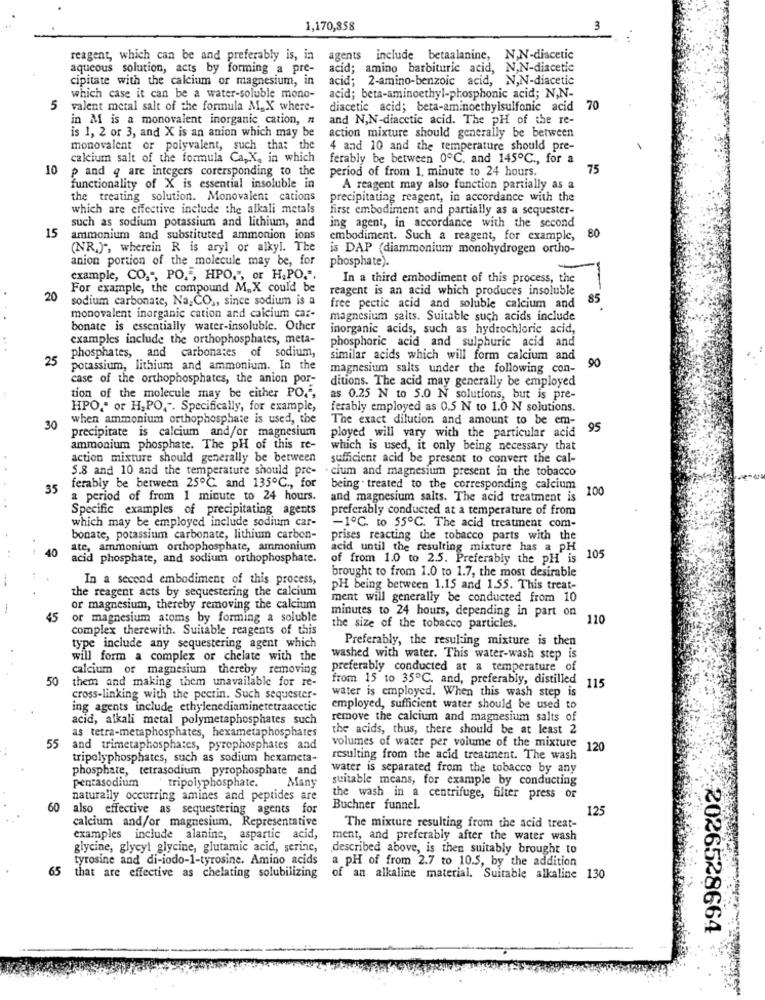
1,170,858
3
reagent, which can be and preferably is, in agents include betaalanine, N,N-diacetic
aqueous solution, acts by forming a pre-
acid; amino barbituric acid, N,N-diacetic
cipitate with the calcium or magnesium, in
acid; 2-amino-benzoic acid, N,N-diacetic
which case it can be a water-soluble mono-
acid; beta-aminoethyl-phosphonic acid; N,N-
5
valent metal salt of the formula MI_ X where-
diacetic acid; beta-aminoethylsulfonic acid 70
in M is a monovalent inorganic cation, n
and N,N-diacetic acid. The PH of the re-
is 1, 2 or 3, and X is an anion which may be
action mixture should generally be between
monovalent or polyvalent, such that the
4 and 10 and the temperature should pre-
calcium salt of the formula Ca,X, in which
ferably be between 0ºC. and 145℃ ., for a
10
p and q are integers corersponding to the
period of from 1. minute to 24 hours.
75
functionality of X is essential insoluble in
A reagent may also function partially as a
the treating solution. Monovalent cations
precipitating reagent, in accordance with the
which are effective include the alkali metals
first embodiment and partially as a sequester-
15
such as sodium potassium and lithium, and
ing agent, in accordance with the second
ammonium and substituted ammonion ions
embodiment. Such a reagent, for example,
80
(NR."", wherein R is aryl or alkyl. The
is DAP (diammonium monohydrogen ortho-
anion portion of the molecule may be, for
phosphate).
example, CO,", PO.", HPO.", or H.PO.".
In a third embodiment of this process, the
For example, the compound M. X could be
reagent is an acid which produces insoluble
20
sodium carbonate, Na.CO ,, since sodium is a
85
free pectic acid and soluble calcium and
monovalent inorganic cation and calcium car-
magnesium salts. Suitable such acids include
bonate is essentially water-insoluble. Other
inorganic acids, such as hydrochloric acid,
examples include the orthophosphates, meta-
phosphoric acid and sulphuric acid and
25
phosphates, and carbonates of sodium,
similar acids which will form calcium and
potassium, lithium and ammonium. In the
magnesium salts under the following con-
90
case of the orthophosphates, the anion por-
ditions. The acid may generally be employed
tion of the molecule may be either PO.",
as 0.25 N to 5.0 N solutions, but is pre-
HPO." or H. PO,". Specifically, for example,
ferably employed as 0.5 N to 1.0 N solutions.
when ammonium orthophosphate is used, the
The exact dilution and amount to be em-
30
95
precipitate is calcium and/or magnesium
ployed will vary with the particular acid
ammonium phosphate. The pH of this re-
which is used, it only being necessary that
action mixture should generally be between
sufficient acid be present to convert the cal-
5.8 and 10 and the temperature should pre-
. cium and magnesium present in the tobacco
35
ferably be between 25℃. and 135℃ ., for
being . treated to the corresponding calcium
100
a period of from 1 minute to 24 hours.
and magnesium salts. The acid treatment is
Specific examples of precipitating agents
preferably conducted at a temperature of from
which may be employed include sodium car-
-1℃. to 55℃. The acid treatment com-
bonate, potassium carbonate, lithium carbon-
prises reacting the tobacco parts with the
40
ate, ammonium orthophosphate, ammonium
acid until the resulting mixture has a pH
acid phosphate, and sodium orthophosphate.
of from 1.0 to 2.5. Preferably the PH is 105
brought to from 1.0 to 1.7, the most desirable
In a second embodiment of this process,
the reagent acts by sequestering the calcium
PH being between 1.15 and 1.55. This treat-
ment will generally be conducted from 10
or magnesium, thereby removing the calcium
minutes to 24 hours, depending in part on
45
or magnesium atoms by forming a soluble
110
complex therewith. Suitable reagents of this
the size of the tobacco particles.
Preferably, the resulting mixture is then
type include any sequestering agent which
will form a complex or chelate with the
washed with water. This water-wash step is
calcium or magnesium thereby removing
preferably conducted at a temperature of
50
them and making them unavailable for re-
from 15 to 35℃. and, preferably, distilled 115
water is employed. When this wash step is
cross-linking with the pectin. Such sequester-
ing agents include ethylenediaminetetraacetic
employed, sufficient water should be used to
acid, alkali metal polymetaphosphates such
remove the calcium and magnesium salts of
as tetra-metaphosphates, hexametaphosphates
the acids, thus, there should be at least 2
55
and trimetaphosphates, pyrophosphates and
volumes of water per volume of the mixture 120
tripolyphosphates, such as sodium hexameta-
resulting from the acid treatment. The wash
phosphate, tetrasodium pyrophosphate and
water is separated from the tobacco by any
pentasodium
Many
suitable means, for example by conducting
tripolyphosphate.
naturally occurring amines and peptides are
the wash in a centrifuge, filter press or
60
also effective as sequestering agents for
Buchner funnel.
125
calcium and/or magnesium. Representative
The mixture resulting from the acid treat-
examples include alanine, aspartic acid,
ment, and preferably after the water wash
glycine, glycyl glycine, glutamic acid, serine,
described above, is then suitably brought to
tyrosine and di-iodo-1-tyrosine. Amino acids
a PH of from 2.7 to 10.5, by the addition
65
that are effective as chelating solubilizing
of an alkaline material. Suitable alkaline 130
2026528664